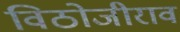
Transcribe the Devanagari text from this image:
विठोजीराव